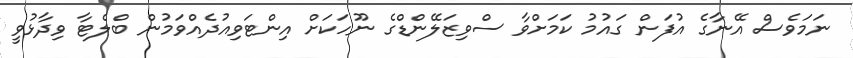
ނަމަވެސް އޭނާގެ އުފަން ގައުމު ކަމަށްވާ ސްވިޒަލޭންޑްގެ ނޫހަކަށް އިންޓަވިއުދެއްވަމުން ބްލެޓާ ވިދާޅުވީ